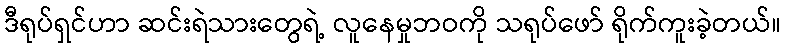
ဒီရုပ်ရှင်ဟာ ဆင်းရဲသားတွေရဲ့ လူနေမှုဘဝကို သရုပ်ဖော် ရိုက်ကူးခဲ့တယ်။